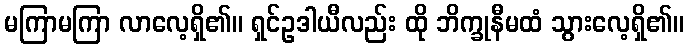
မကြာမကြာ လာလေ့ရှိ၏။ ရှင်ဥဒါယီလည်း ထို ဘိက္ခုနီမထံ သွားလေ့ရှိ၏။